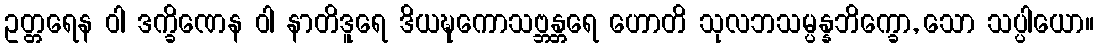
ဥတ္တရေန ဝါ ဒက္ခိဏေန ဝါ နာတိဒူရေ ဒိယဍ္ဎကောသဗ္ဘန္တရေ ဟောတိ သုလဘသမ္ပန္နဘိက္ခော, သော သပ္ပါယော။